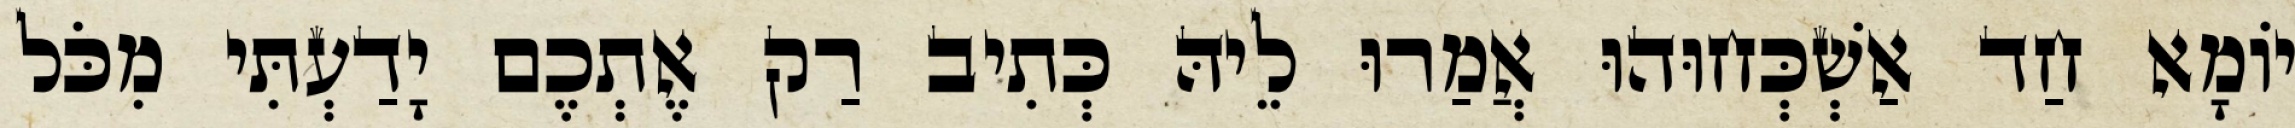
יוֹמָא חַד אַשְׁכְּחוּהוּ אֲמַרוּ לֵיהּ כְּתִיב רַק אֶתְכֶם יָדַעְתִּי מִכֹּל